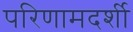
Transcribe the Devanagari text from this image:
परिणामदर्शी